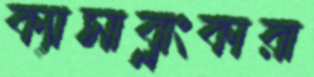
ক্যাসাব্লাংকারা